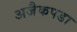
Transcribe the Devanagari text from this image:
अजैकपडा